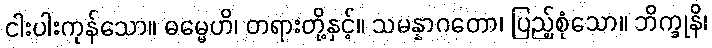
ငါးပါးကုန်သော။ ဓမ္မေဟိ၊ တရားတို့နှင့်။ သမန္နာဂတော၊ ပြည့်စုံသော။ ဘိက္ခုနိ၊